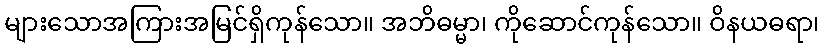
များသောအကြားအမြင်ရှိကုန်သော။ အဘိဓမ္မာ၊ ကိုဆောင်ကုန်သော။ ဝိနယဓရာ၊